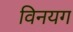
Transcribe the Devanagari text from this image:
विनयग